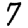
Digit: 7